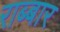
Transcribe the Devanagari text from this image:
राब्बार